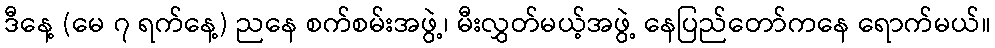
ဒီနေ့ (မေ ၇ ရက်နေ့) ညနေ စက်စမ်းအဖွဲ့၊ မီးလွှတ်မယ့်အဖွဲ့ နေပြည်တော်ကနေ ရောက်မယ်။